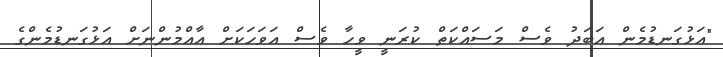
"އަޅުގަނޑުމެން އަބަދު ވެސް މަސައްކަތް ކުރަނީ ވީހާ ވެސް އަވަހަކަށް އާއްމުންނަށް އަޅުގަނޑުމެންގެ